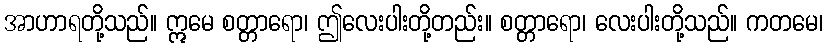
အာဟာရတို့သည်။ ဣမေ စတ္တာရော၊ ဤလေးပါးတို့တည်း။ စတ္တာရော၊ လေးပါးတို့သည်။ ကတမေ၊